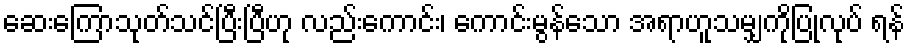
ဆေးကြောသုတ်သင်ပြီးပြီဟု လည်းကောင်း၊ ကောင်းမွန်သော အရာဟူသမျှကိုပြုလုပ် ရန်